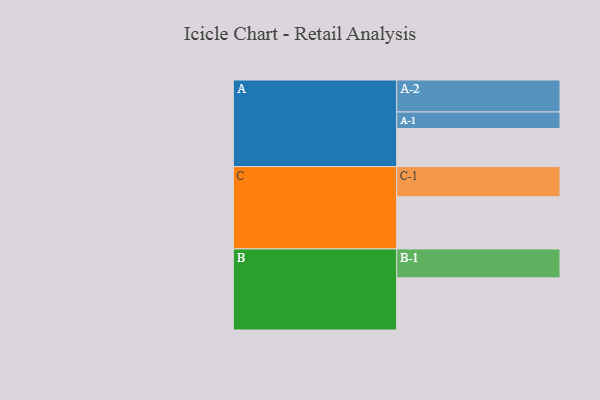
{"axis": {"x": "Segment", "y": "Value"}, "legend": ["", "A", "B", "C"], "data": [{"x": "A", "y": 349, "type": ""}, {"x": "B", "y": 478, "type": ""}, {"x": "C", "y": 478, "type": ""}, {"x": "A-1", "y": 152, "type": "A"}, {"x": "A-2", "y": 293, "type": "A"}, {"x": "B-1", "y": 265, "type": "B"}, {"x": "C-1", "y": 276, "type": "C"}]}